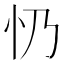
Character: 𢖱